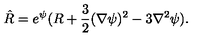
\hat { R } = e ^ { \psi } ( R + \frac { 3 } { 2 } ( \nabla \psi ) ^ { 2 } - 3 \nabla ^ { 2 } \psi ) .